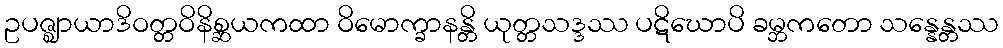
ဥပဇ္ဈာယာဒိဝတ္တဝိနိစ္ဆယကထာ ဝိမောက္ခာနန္တိ ယုတ္တသဒ္ဒဿ ပဋိဃောပိ ခမ္ဘကတော သန္နေန္တဿ